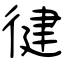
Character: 徤